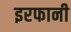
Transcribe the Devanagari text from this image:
इरफानी